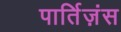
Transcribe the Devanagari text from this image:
पार्तिज़ंस